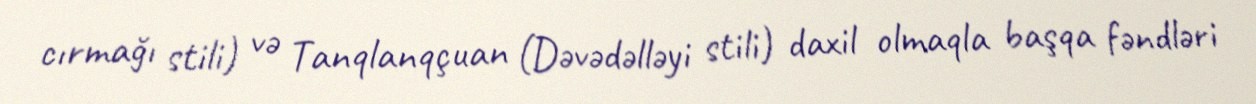
cırmağı stili) və Tanqlanqçuan (Dəvədəlləyi stili) daxil olmaqla başqa fəndləri